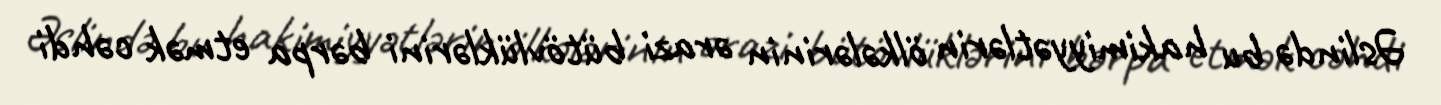
Əslində bu hakimiyyətlərin ölkələrinin ərazi bütövlüklərini bərpa etmək cəhdi